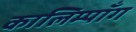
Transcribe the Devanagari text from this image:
कालिम्पाँग